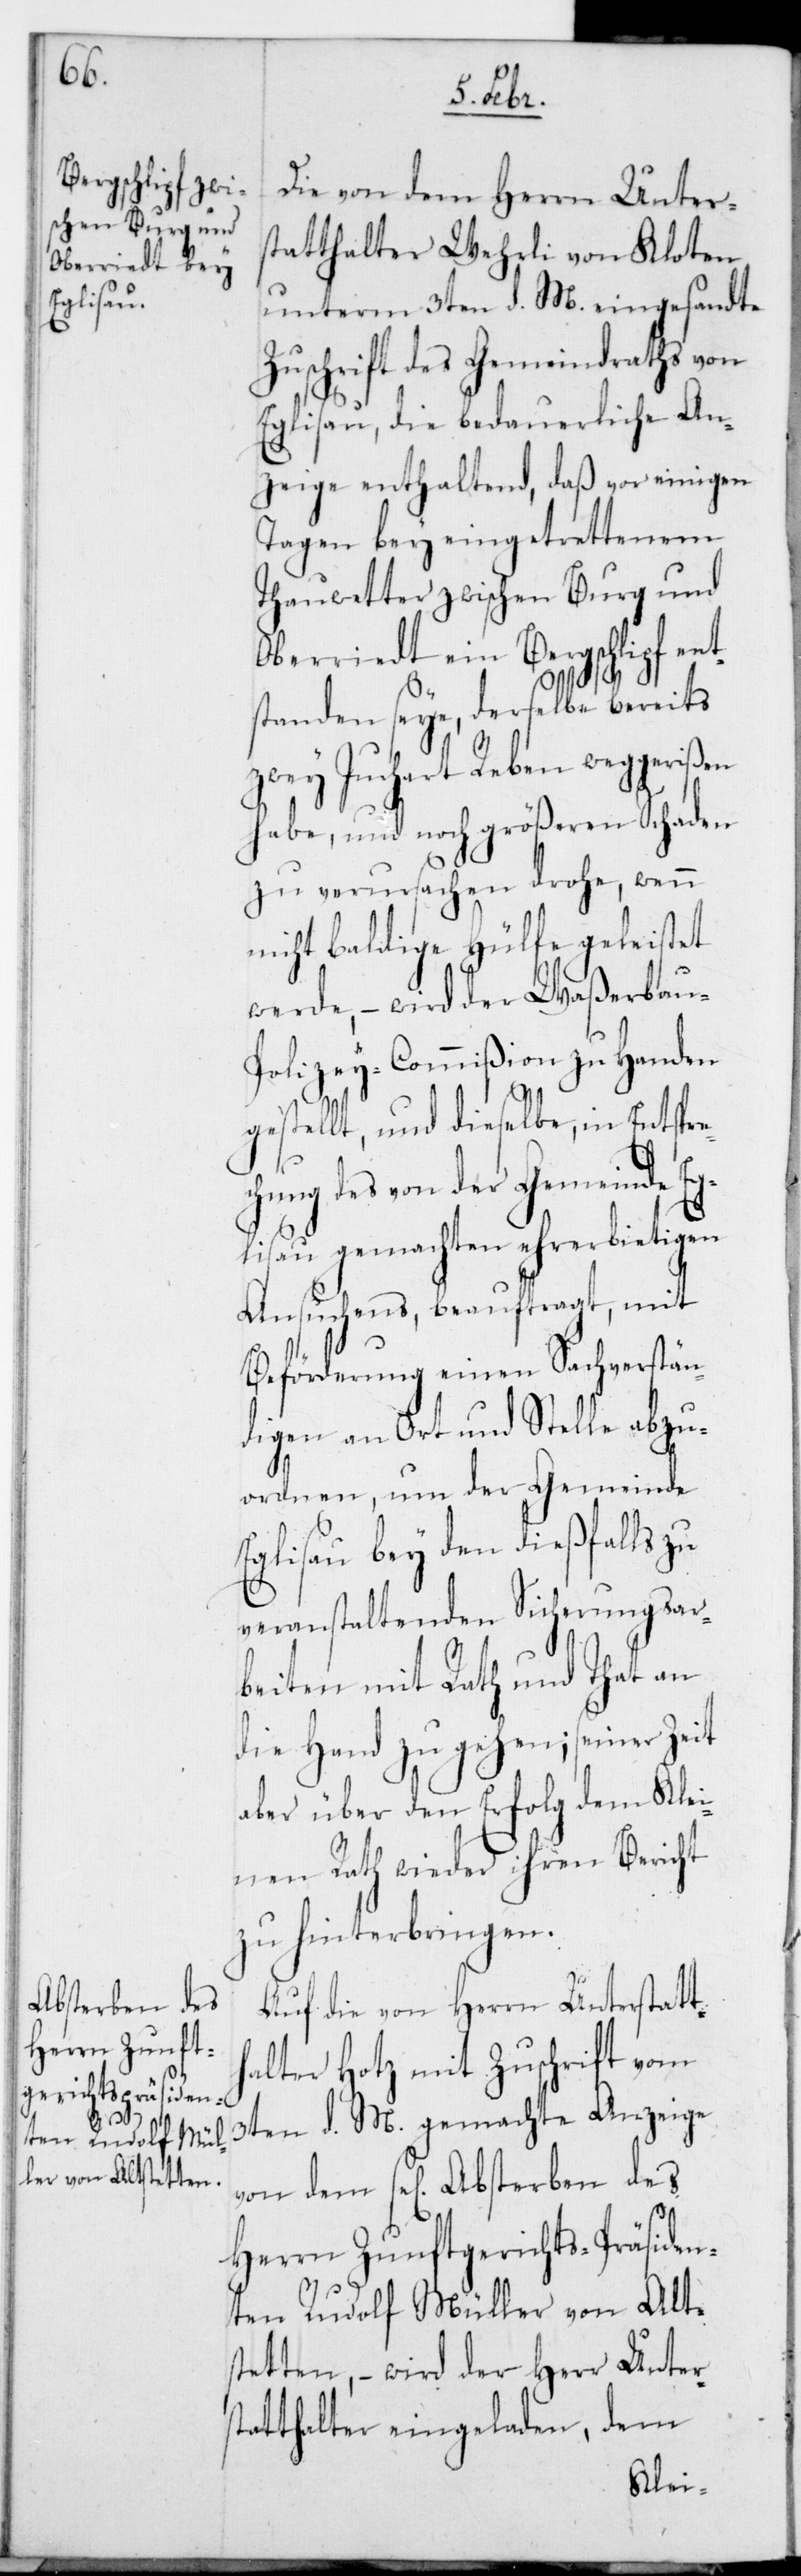
Absterben des

Die von dem Herrn Unters¬
tatthalter Wehrli von Kloten
unterm 3ten d. M. eingesandte
Zuschrift des Gemeindraths von
Eglisau, die bedauerliche An¬
zeige enthaltend, daß vor einigen
Tagen bey eingetrettenem
Tauwetter zwischen Burg und
Oberriedt ein Bergschlipf ent¬
s¬
standen seye, derselbe bereits
zwey Juchart Reben weggerißen
habe, und noch größeren Schaden
zu verursachen drohe, wenn
nicht baldige Hülfe geleistet
werde, – wird der Waßerbau¬
polizey-Commißion zu Handen
c¬
gestellt, und dieselbe in Entspre¬
hung des von der Gemeinde Eg¬
lisau gemachten ehrerbietigen
Ansuchens beauftragt, mit
Beförderung einen Sachverstän¬
digen an Ort und Stelle abzu¬
ordnen, um der Gemeinde
Eglisau bey den dießfalls zu
veranstaltenden Sicherungsar¬
beiten mit Rath und Tat an
die Hand zu gehen; seiner Zeit
aber über den Erfolg dem Klei¬
nen Rath wieder ihren Bericht
zu hinterbringen.
Auf die von Herrn Unterstatt¬
halter Hotz mit Zuschrift vom
3ten d. M. gemachte Anzeige
Herrn Zunftgerichts-Präsiden¬
ten Rudolf Müller von Alts¬
tetten, – wird der Herr Unter¬
tatthalter eingeladen, dem